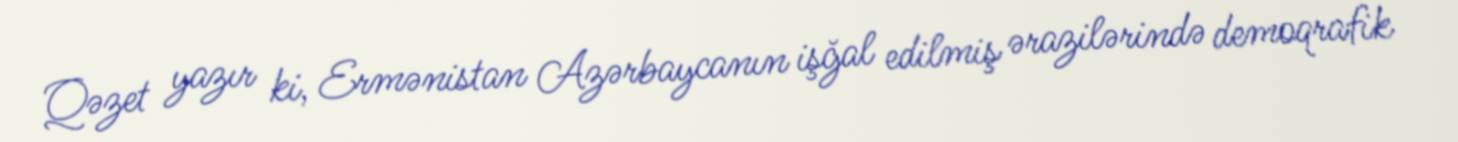
Qəzet yazır ki, Ermənistan Azərbaycanın işğal edilmiş ərazilərində demoqrafik